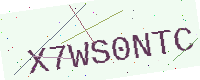
Text: X7WS0NTC